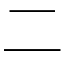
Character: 二